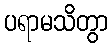
ပရာမသိတွာ